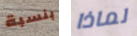
بنسبة لماذا